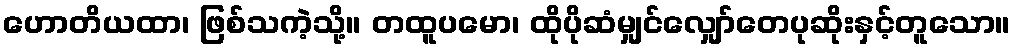
ဟောတိယထာ၊ ဖြစ်သကဲ့သို့။ တထူပမော၊ ထိုပိုဆံမျှင်လျှော်တေပုဆိုးနှင့်တူသော။